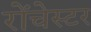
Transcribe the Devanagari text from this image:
रोंचेस्टर